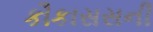
કૌકાસસની